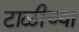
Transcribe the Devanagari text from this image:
टाळीच्या